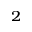
_ 2